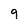
Character: 9